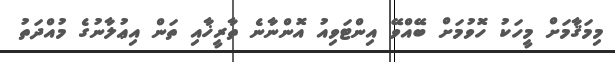
މިމަޤާމަށް މީހަކު ހޮވުމަށް ބޭއްވޭ އިންޓަވިއު އޮންނާނެ ތާރީޚާއި ތަން އިޢުލާނުގެ މުއްދަތު